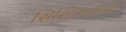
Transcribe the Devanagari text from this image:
सिस्टिममध्ये